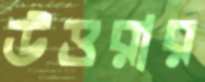
উত্তরার